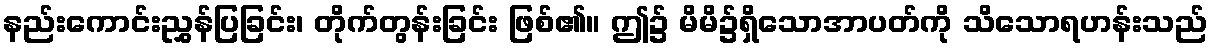
နည်းကောင်းညွှန်ပြခြင်း၊ တိုက်တွန်းခြင်း ဖြစ်၏။ ဤ၌ မိမိ၌ရှိသောအာပတ်ကို သိသောရဟန်းသည်